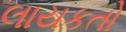
લાયકતો